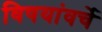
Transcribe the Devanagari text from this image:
विषयांवर्चे